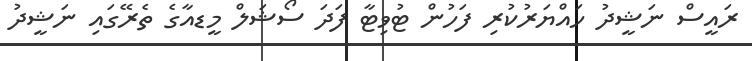
ރައީސް ނަޝީދު ހައްޔަރުކުރި ފަހުން ޓުވިޓާ ފަދަ ސޯޝަލް މީޑއާގެ ތެރޭގައި ނަޝީދު